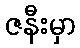
ဇနီးမှာ